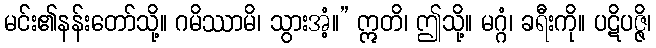
မင်း၏နန်းတော်သို့။ ဂမိဿာမိ၊ သွားအံ့။” ဣတိ၊ ဤသို့။ မဂ္ဂံ၊ ခရီးကို။ ပဋိပဇ္ဇိ၊